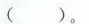
( )。